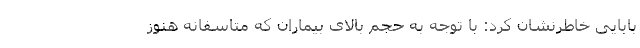
بابایی خاطرنشان کرد: با توجه به حجم بالای بیماران که متاسفانه هنوز